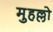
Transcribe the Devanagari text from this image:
मुहल्लो